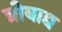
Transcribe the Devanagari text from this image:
ग्रीबाद्य